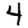
Digit: 4